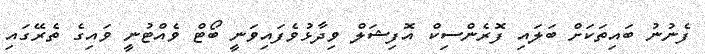
ފެނުނު ބައިތަކަށް ބަލައި ފޮރެންސިކް އޮފިޝަލް ވިދާޅުވެފައިވަނީ ބޯޓް ވެއްޓުނީ ވައިގެ ތެރޭގައި